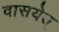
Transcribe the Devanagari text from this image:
वासयेत्